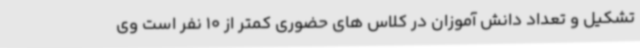
تشکیل و تعداد دانش آموزان در کلاس های حضوری کمتر از 10 نفر است وی